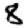
Digit: 8